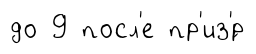
до 9 посл'е пр'из'́р